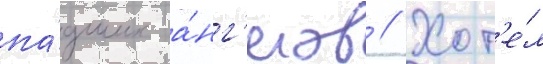
па́дших а́нг'елов // Хот'е́л